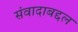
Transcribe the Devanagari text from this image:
संवादाबद्दल